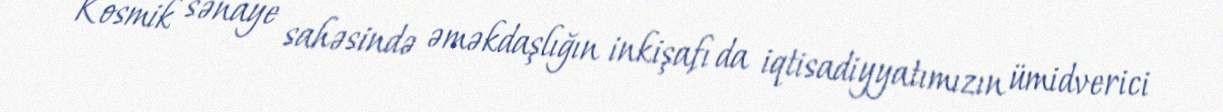
Kosmik sənaye sahəsində əməkdaşlığın inkişafı da iqtisadiyyatımızın ümidverici